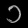
Digit: ၁